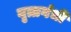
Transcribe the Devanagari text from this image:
वृत्तगंधी